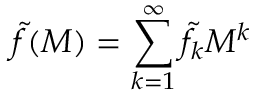
\tilde { f } ( M ) = \sum _ { k = 1 } ^ { \infty } \tilde { f } _ { k } M ^ { k }